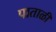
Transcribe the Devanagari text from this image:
पाताळीं